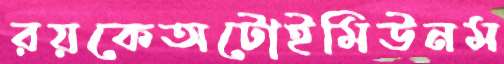
রয়কেঅটোইমিউনম